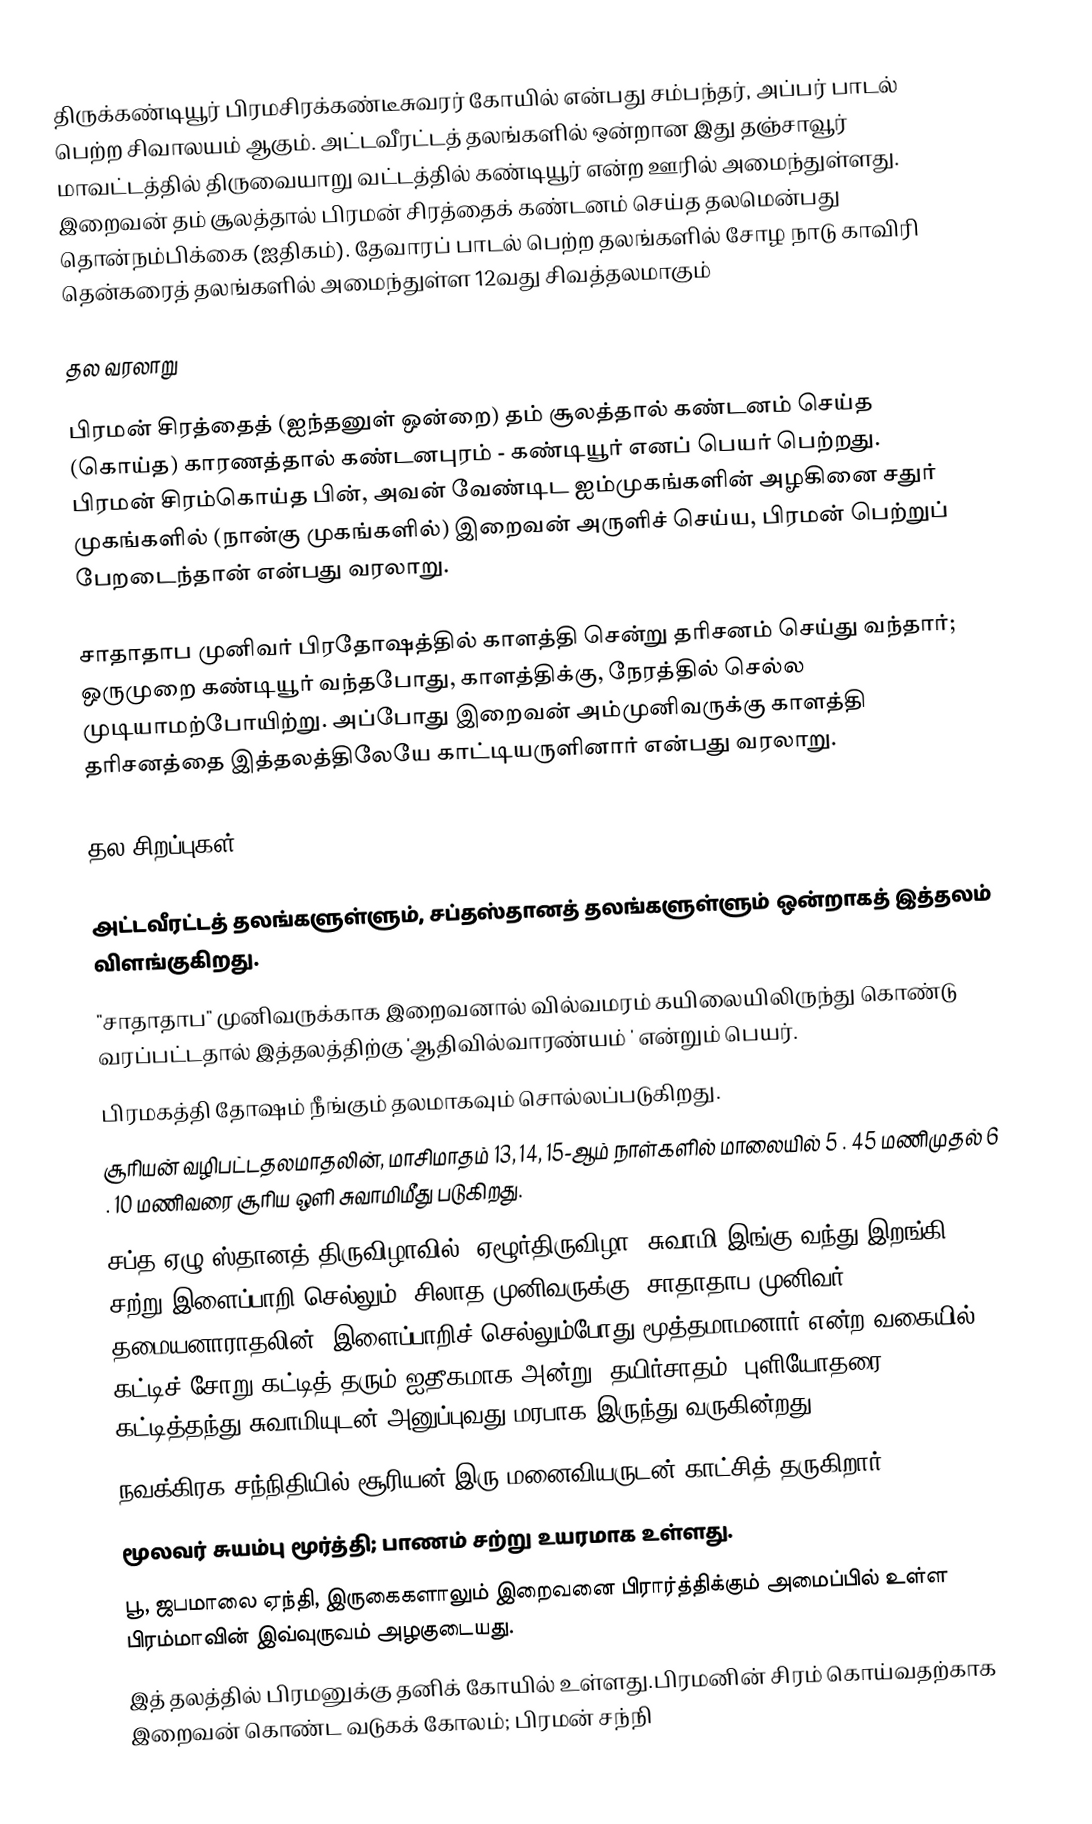
திருக்கண்டியூர் பிரமசிரக்கண்டீசுவரர் கோயில் என்பது சம்பந்தர், அப்பர் பாடல் பெற்ற சிவாலயம் ஆகும். அட்டவீரட்டத் தலங்களில் ஒன்றான இது தஞ்சாவூர் மாவட்டத்தில்  திருவையாறு வட்டத்தில் கண்டியூர் என்ற ஊரில் அமைந்துள்ளது. இறைவன் தம் சூலத்தால் பிரமன் சிரத்தைக் கண்டனம் செய்த தலமென்பது தொன்நம்பிக்கை (ஐதிகம்). தேவாரப் பாடல் பெற்ற தலங்களில்  சோழ நாடு காவிரி தென்கரைத் தலங்களில் அமைந்துள்ள 12வது சிவத்தலமாகும்

தல வரலாறு

பிரமன் சிரத்தைத் (ஐந்தனுள் ஒன்றை) தம் சூலத்தால் கண்டனம் செய்த (கொய்த) காரணத்தால் கண்டனபுரம் - கண்டியூர் எனப் பெயர் பெற்றது. பிரமன் சிரம்கொய்த பின், அவன் வேண்டிட ஐம்முகங்களின் அழகினை சதுர் முகங்களில் (நான்கு முகங்களில்) இறைவன் அருளிச் செய்ய, பிரமன் பெற்றுப் பேறடைந்தான் என்பது வரலாறு.

சாதாதாப முனிவர் பிரதோஷத்தில் காளத்தி சென்று தரிசனம் செய்து வந்தார்; ஒருமுறை கண்டியூர் வந்தபோது, காளத்திக்கு, நேரத்தில் செல்ல முடியாமற்போயிற்று. அப்போது இறைவன் அம்முனிவருக்கு காளத்தி தரிசனத்தை இத்தலத்திலேயே காட்டியருளினார் என்பது வரலாறு.

தல சிறப்புகள்

அட்டவீரட்டத் தலங்களுள்ளும், சப்தஸ்தானத் தலங்களுள்ளும் ஒன்றாகத் இத்தலம் விளங்குகிறது.
"சாதாதாப" முனிவருக்காக இறைவனால் வில்வமரம் கயிலையிலிருந்து கொண்டு வரப்பட்டதால் இத்தலத்திற்கு 'ஆதிவில்வாரண்யம் ' என்றும் பெயர்.
பிரமகத்தி தோஷம் நீங்கும் தலமாகவும் சொல்லப்படுகிறது.
சூரியன் வழிபட்டதலமாதலின், மாசிமாதம் 13, 14, 15-ஆம் நாள்களில் மாலையில் 5 . 45 மணிமுதல் 6 . 10 மணிவரை சூரிய ஒளி சுவாமிமீது படுகிறது.
சப்த(ஏழு)ஸ்தானத் திருவிழாவில் (ஏழூர்திருவிழா) சுவாமி இங்கு வந்து இறங்கி, சற்று இளைப்பாறி செல்லும். சிலாத முனிவருக்கு, சாதாதாப முனிவர் தமையனாராதலின், இளைப்பாறிச் செல்லும்போது மூத்தமாமனார் என்ற வகையில் கட்டிச் சோறு கட்டித் தரும் ஐதீகமாக அன்று (தயிர்சாதம், புளியோதரை) - கட்டித்தந்து சுவாமியுடன் அனுப்புவது மரபாக இருந்து வருகின்றது.
நவக்கிரக சந்நிதியில் சூரியன் இரு மனைவியருடன் காட்சித் தருகிறார்.
மூலவர் சுயம்பு மூர்த்தி; பாணம் சற்று உயரமாக உள்ளது.
பூ, ஜபமாலை ஏந்தி, இருகைகளாலும் இறைவனை பிரார்த்திக்கும் அமைப்பில் உள்ள பிரம்மாவின் இவ்வுருவம் அழகுடையது.
இத் தலத்தில் பிரமனுக்கு தனிக் கோயில் உள்ளது.பிரமனின் சிரம் கொய்வதற்காக இறைவன் கொண்ட வடுகக் கோலம்; பிரமன் சந்நி